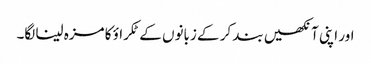
اور اپنی آنکھیں بند کر کے زبانوں کے ٹکراؤ کا مزہ لینا لگا۔